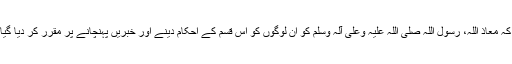
گویا کہ معاذ اللہ، رسول اللہ صلی اللہ علیہ وعلی آلہ وسلم کو اِن لوگوں کو اِس قِسم کے احکام دینے اور خبریں پہنچانے پر مقرر کر دیا گیا ہے۔